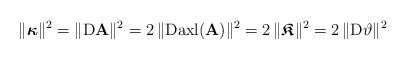
\begin{align*}\|\boldsymbol{\kappa}\|^2=\|{\rm D}\mathbf{A}\|^2=2\,\|{\rm D}{\rm axl}(\mathbf{A}) \|^2=2\,\|\boldsymbol{\mathfrak{K}}\|^2&=2\,\|{\rm D} \vartheta\|^2\end{align*}